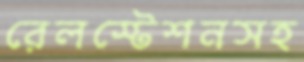
রেলস্টেশনসহ